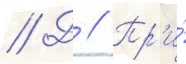
// Д // Пр'и́